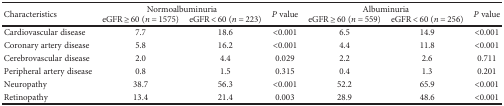
| <ROWSPAN=2> Characteristics | <COLSPAN=2> Normoalbuminuria | <ROWSPAN=2> P value | <COLSPAN=2> Albuminuria | <ROWSPAN=2> P value |
 | eGFR ≥ 60 (n = 1575) | eGFR < 60 (n = 223) | eGFR ≥ 60 (n = 559) | eGFR < 60 (n = 256) |
 | --- | --- | --- | --- | --- | --- | --- |
 | Cardiovascular disease | 7.7 | 18.6 | <0.001 | 6.5 | 14.9 | <0.001 |
 | Coronary artery disease | 5.8 | 16.2 | <0.001 | 4.4 | 11.8 | <0.001 |
 | Cerebrovascular disease | 2.0 | 4.4 | 0.029 | 2.2 | 2.6 | 0.711 |
 | Peripheral artery disease | 0.8 | 1.5 | 0.315 | 0.4 | 1.3 | 0.201 |
 | Neuropathy | 38.7 | 56.3 | <0.001 | 52.2 | 65.9 | <0.001 |
 | Retinopathy | 13.4 | 21.4 | 0.003 | 28.9 | 48.6 | <0.001 |